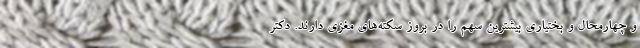
و چهارمحال و بختیاری بیشترین سهم را در بروز سکته‌های مغزی دارند. دکتر